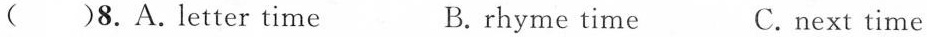
( )8.A.Letter time B.rhyme time C.next time